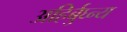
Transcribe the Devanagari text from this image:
अहिर्बुघ्न्य